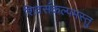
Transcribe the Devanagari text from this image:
शिवसंकल्पमस्तु